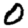
Digit: 0